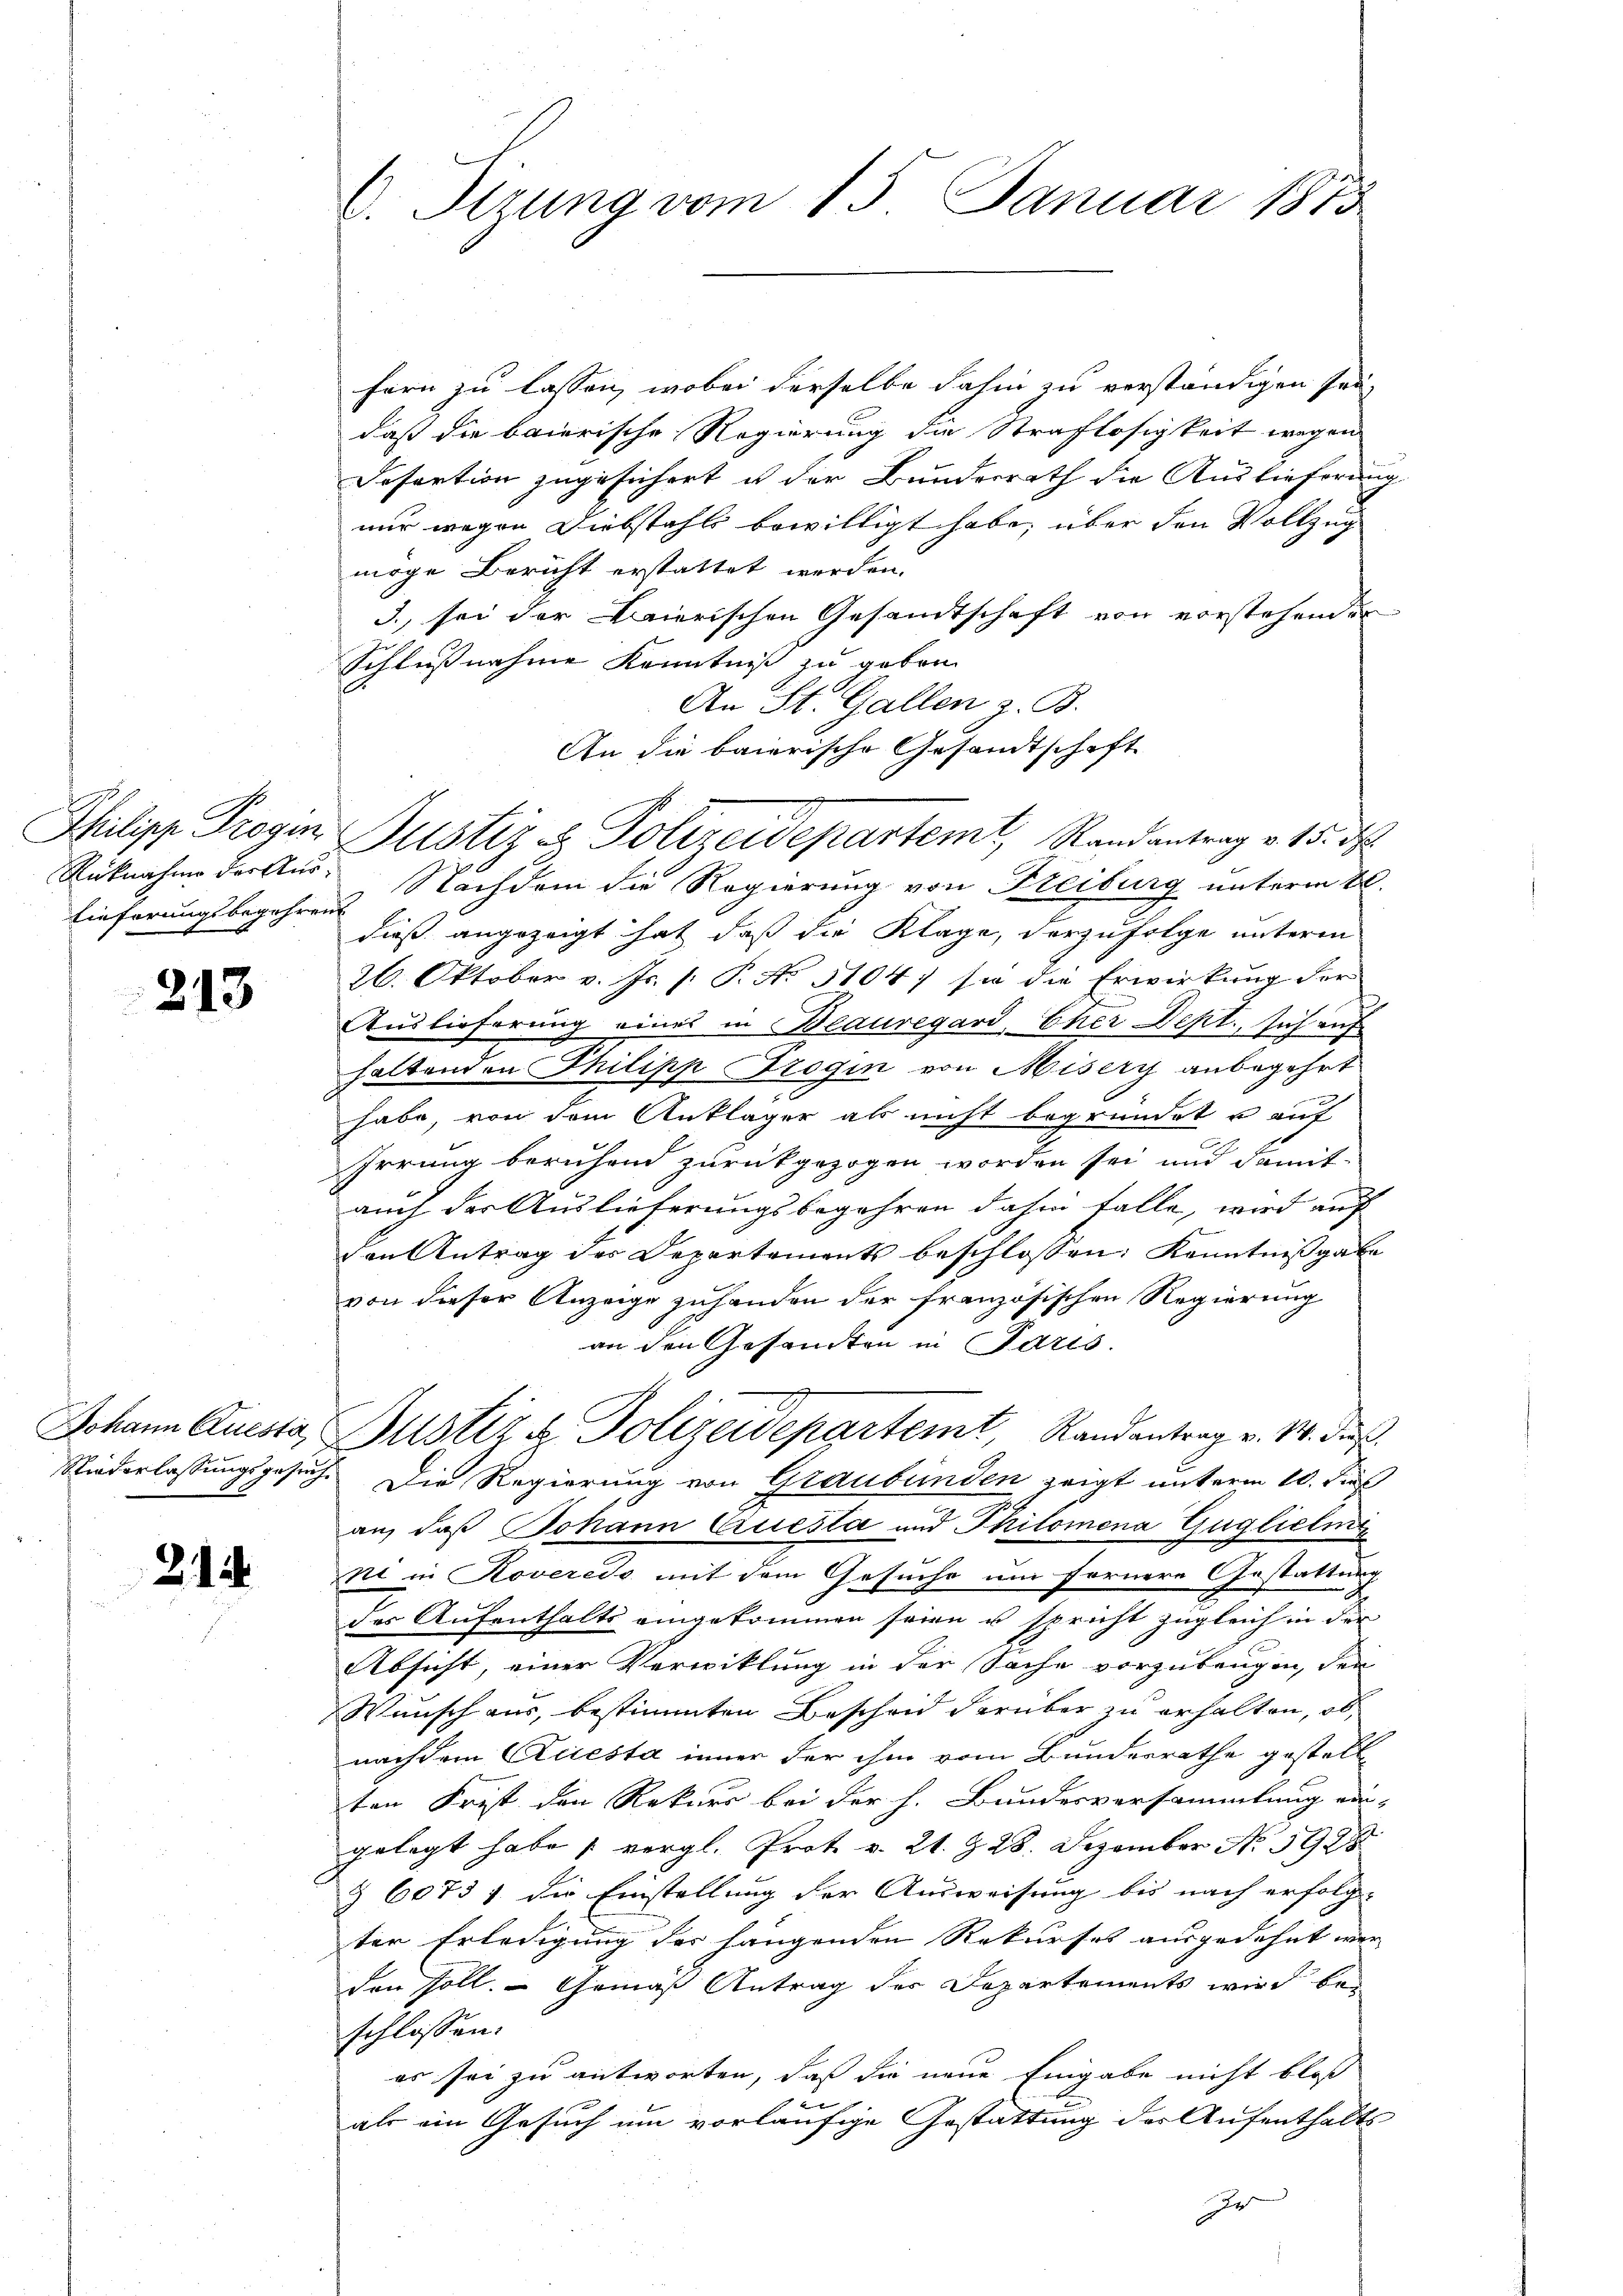
Eieferungsbegehrens

213

214.

C. Itzung vom 13. Januar 1873

fern zu lassen, wobei derselbe dahin zu verständigen sei,
daß die baierische Regierung die Straflosigkeit wegen
Desartion zugesichert u der Bundesrath die Auslieferung
nur wegen Diebstahls bewilligt habe, über den Vollzug
möge Bericht erstattet werden.
3., sei der Baierischen Gesandtschaft von vorstehendes
Schlußnahme Kenntniß zu geben.
An St. Gallen z. B.
An die baierische Gesandtschaft
Rücknahme deraus. Nachdem die Regierung von Freiburg unterm 20.
dieß angezeigt hat, daß die Klage, derzufolge unterm
26. Oktober v. Js. [: P. No 5104; sie die Erwirkung der
Auslieferung eines in Beauregard, Eher Dept., sich auf
haltenden Thilipp Trogin von Misery anbegehrt
habe, von dem Ankläger als nicht begründet u auf
Irrung beruhend zurückgezogen worden sei und damit
auch der Auslieferungsbegehren dahin falle, wird auch
den Antrag der Departements beschlossen: Kenntnißgabe
von dieser Anzeige zuhanden der französischen Regierung
an den Gesandten in Paris.
Johann Questa Justiz & Polizeidepartemt, Randentrag v. M. dies
Niederlassungsgesuch. Die Regierung von Graubünden zeigt unterm 10. dies
an, daß Johann Cruesla und Philomena Gugliclit
ni in Roveredo mit dem Gesuche um fernere Gestattung
des Aufenthalts eingekommen seien u. spricht zugleich in der
Absicht, einer Verwicklung in der Sache vorzubeugen, den
Wunsch aus, bestimmten Bescheid darüber zu erhalten, ob
nachdem Questa inner der ihm vom Bundesrathe gestell
ten Frist den Rekurs bei der h. Bundesversammlung ein-
gelegt habe vergl. Prot. v. 21. & 28. Dezember No 3928
§ 60737 die Einstellung der Ausweisung bis nach erfolg-
ter Erledigung des hängenden Rekurses ausgedehnt wer
den soll. Gemäß Antrag des Departements wird bei
schlossen:
es sei zu antworten, daß die neue Eingabe nicht bloß
 x
als ein Gesuch um vorläufige Gestattung der Aufenthalts
r

Philipp Progin Justiz & Polizeidepartemt, Randantrag v. 15. ds.